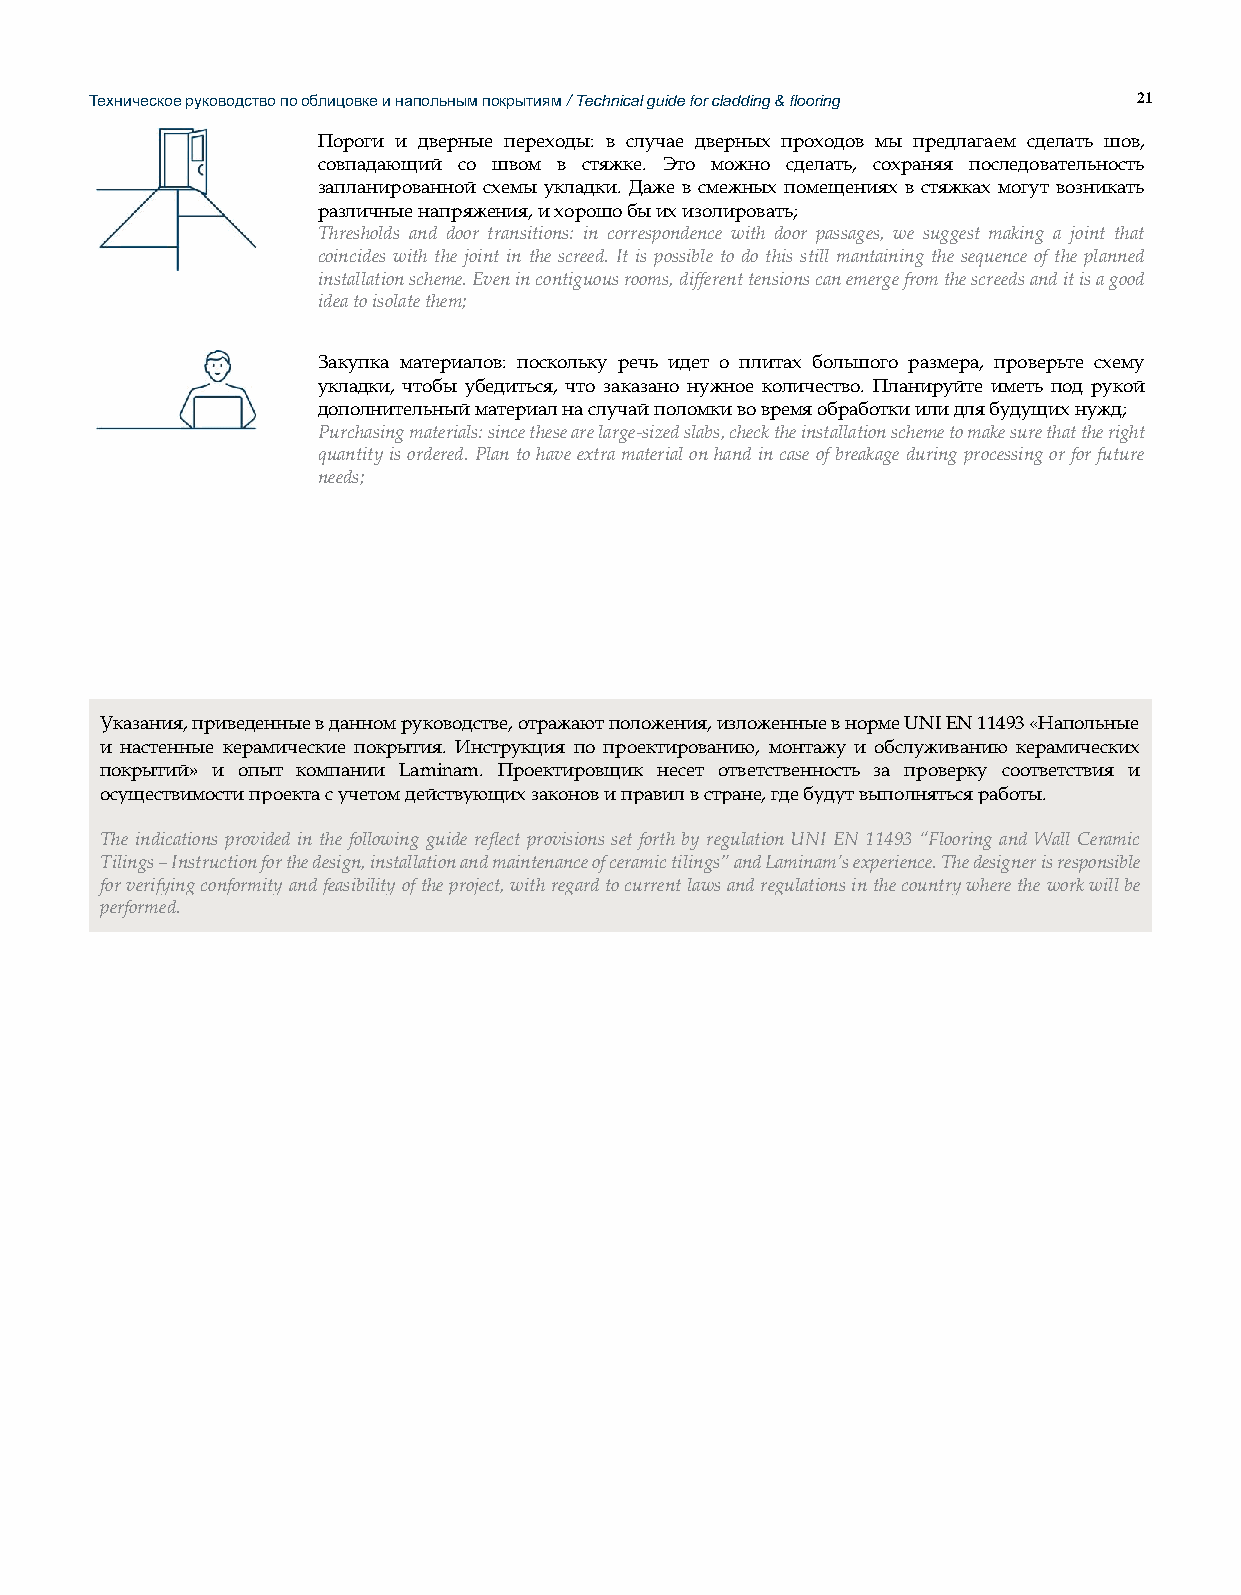
Техническое руководство по облицовке и напольным покрытиям / Technical guide for cladding & flooring 21
 Пороги и дверные переходы: в случае дверных проходов мы предлагаем сделать шов,
 совпадающий со швом в стяжке. Это можно сделать, сохраняя последовательность
 запланированной схемы укладки. Даже в смежных помещениях в стяжках могут возникать
 различные напряжения, и хорошо бы их изолировать;
 Thresholds and door transitions: in correspondence with door passages, we suggest making a joint that
 coincides with the joint in the screed. It is possible to do this still mantaining the sequence of the planned
 installation scheme. Even in contiguous rooms, different tensions can emerge from the screeds and it is a good
 idea to isolate them;
 Закупка материалов: поскольку речь идет о плитах большого размера, проверьте схему
 укладки, чтобы убедиться, что заказано нужное количество. Планируйте иметь под рукой
 дополнительный материал на случай поломки во время обработки или для будущих нужд;
 Purchasing materials: since these are large-sized slabs, check the installation scheme to make sure that the right
 quantity is ordered. Plan to have extra material on hand in case of breakage during processing or for future
 needs;
 Указания, приведенные в данном руководстве, отражают положения, изложенные в норме UNI EN 11493 «Напольные
 и настенные керамические покрытия. Инструкция по проектированию, монтажу и обслуживанию керамических
 покрытий» и опыт компании Laminam. Проектировщик несет ответственность за проверку соответствия и
 осуществимости проекта с учетом действующих законов и правил в стране, где будут выполняться работы.
 The indications provided in the following guide reflect provisions set forth by regulation UNI EN 11493 “Flooring and Wall Ceramic
 Tilings – Instruction for the design, installation and maintenance of ceramic tilings” and Laminam’s experience. The designer is responsible
 for verifying conformity and feasibility of the project, with regard to current laws and regulations in the country where the work will be
 performed.